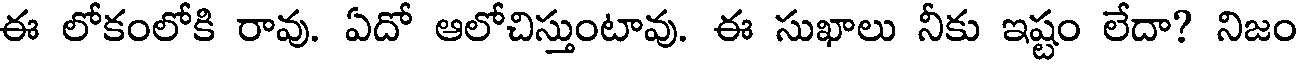
ఈ లోకంలోకి రావు. ఏదో ఆలోచిస్తుంటావు. ఈ సుఖాలు నీకు ఇష్టం లేదా? నిజం